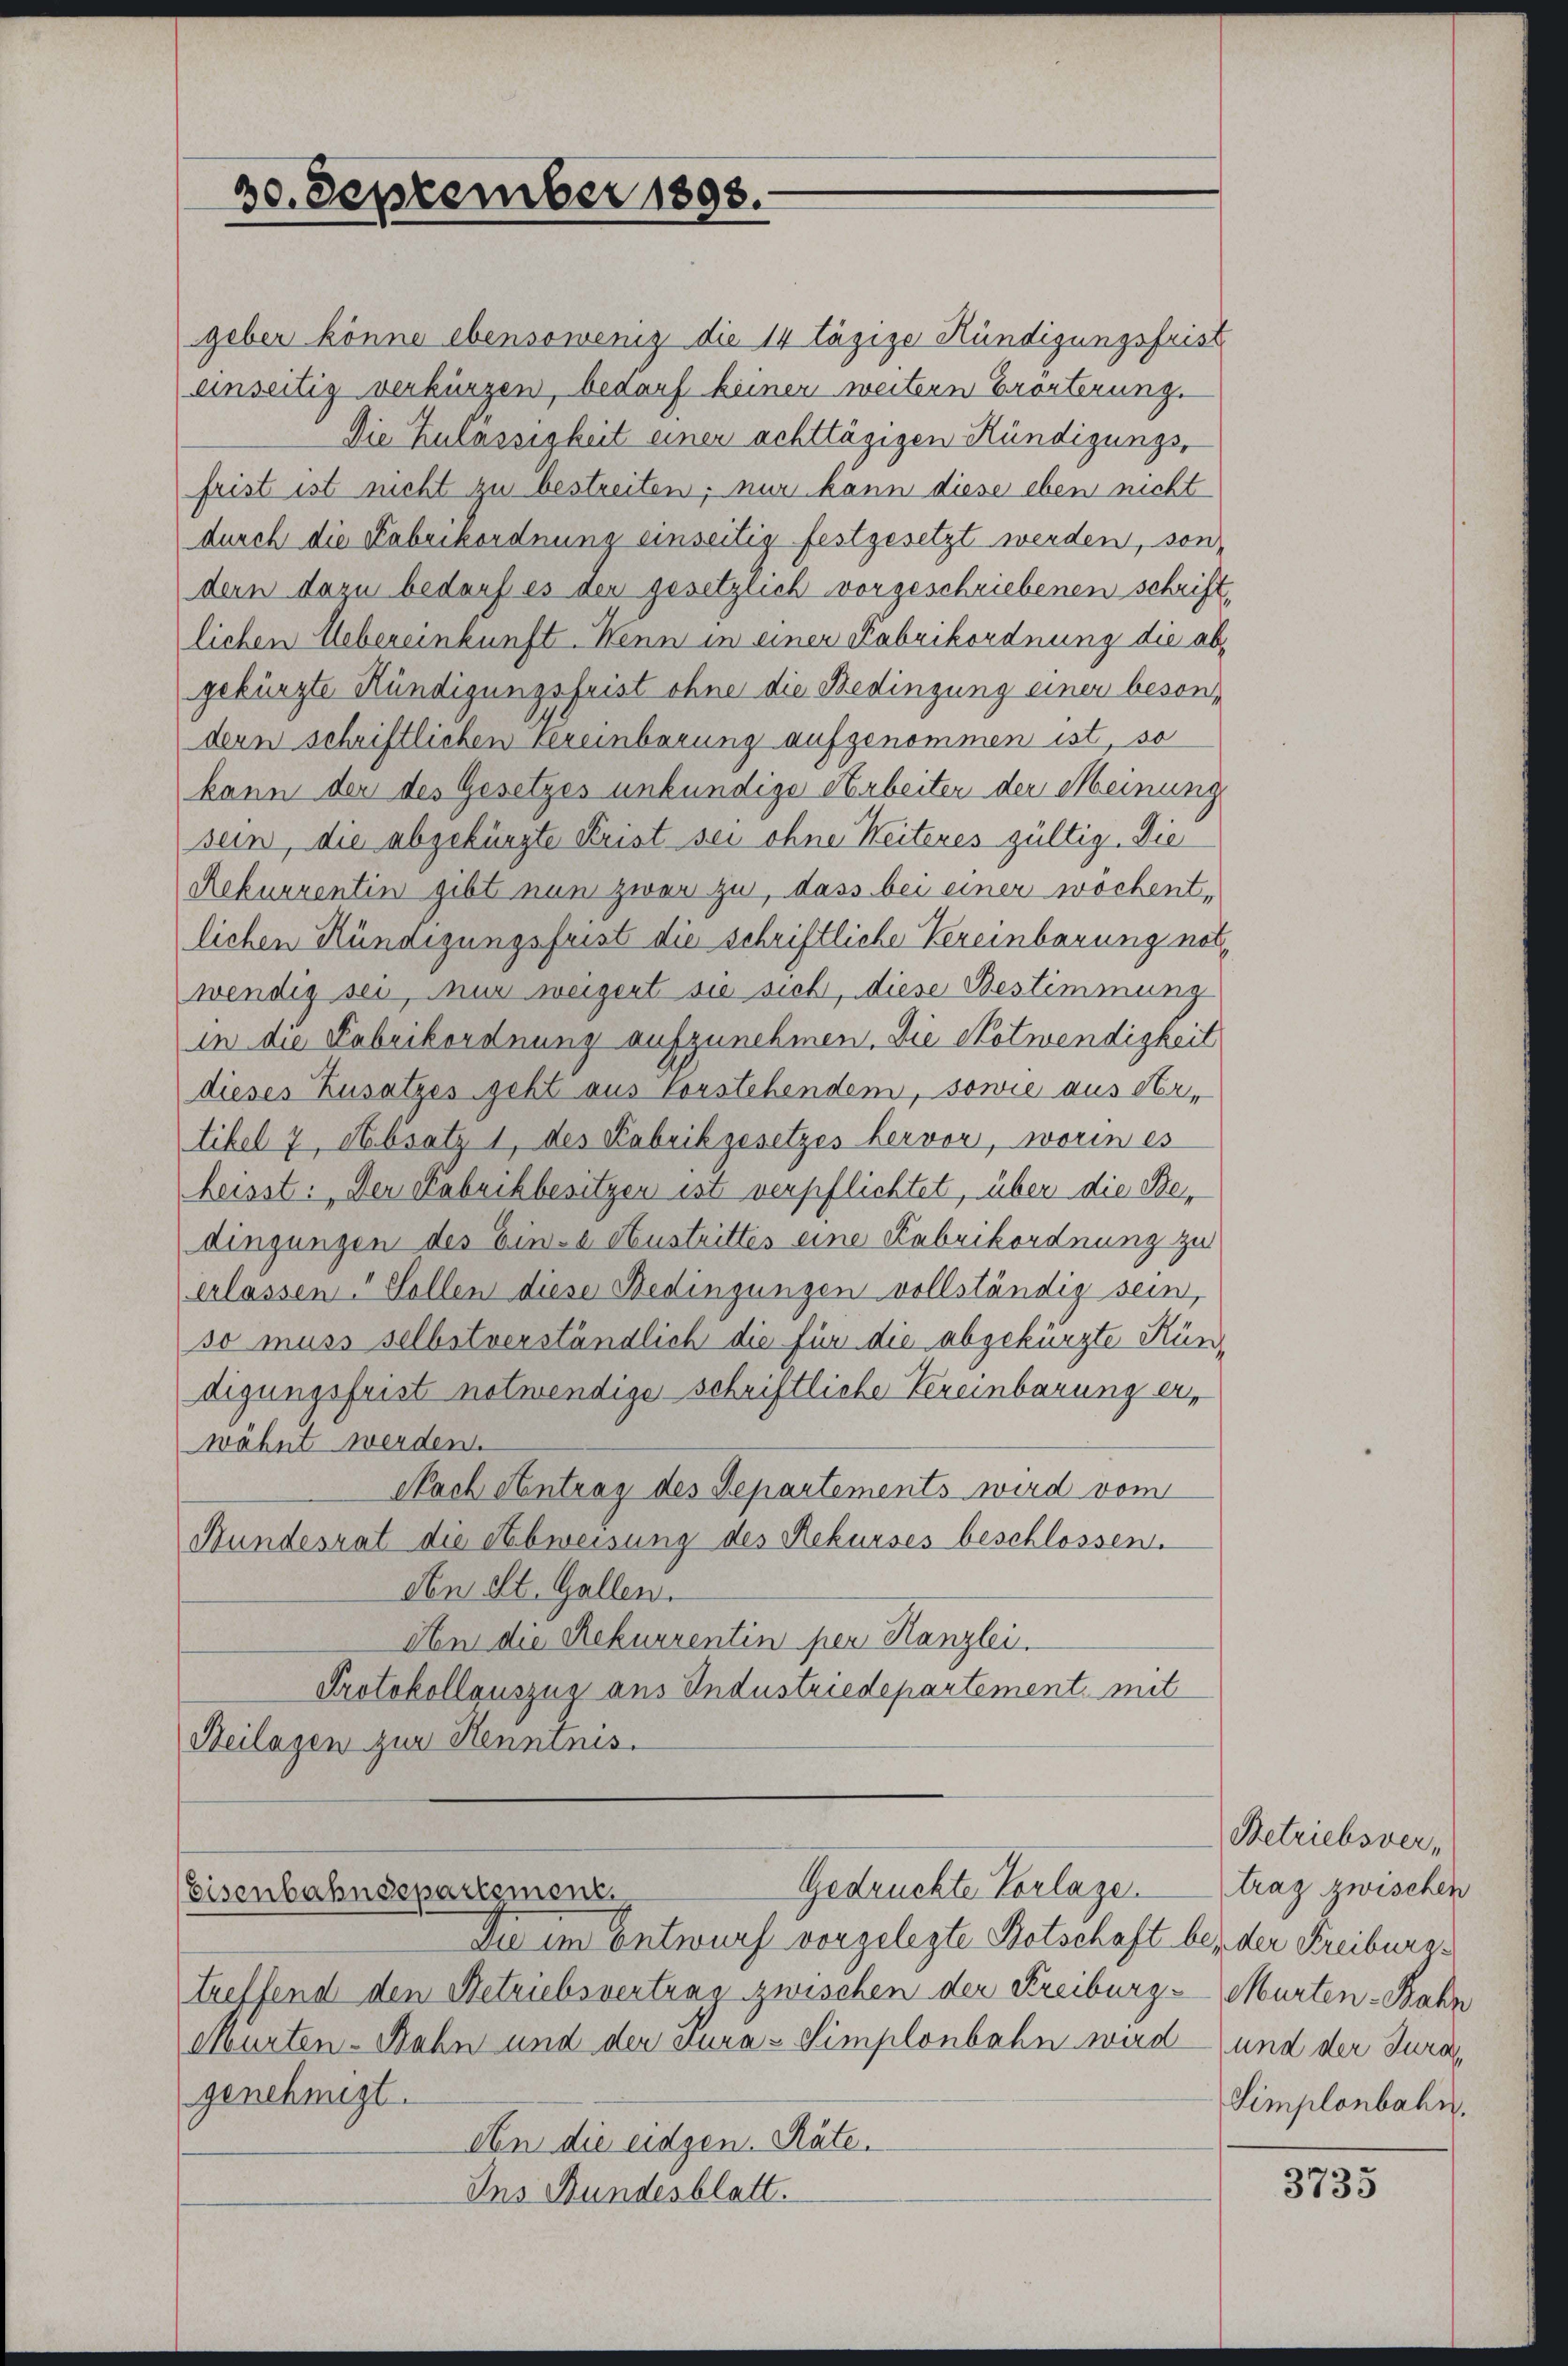
20. September 1893.

geber könne ebensowenig die 14 tägige Kündigungsfrist
einseitig verkürzen, bedarf keiner weitern Erörterung.
Die Zulassigkeit einer achttägigen Kündigungs-
frist ist nicht zu bestreiten; nur kann diese eben nicht
durch die Fabrikordnung einseitig festgesetzt werden, son-
dern dazu bedarf es der gesetzlich vorgeschriebenen schrift
lichen Uebereinkunft. Wenn in einer Fabrikordnung die abgekürzte Kündigungsfrist ohne die Bedingung einer besondern schriftlichen vereinbarung aufgenommen ist, so
kann der des Gesetzes unkundige Arbeiter der Meinung
sein, die abgekürzte Frist sei ohne Weiteres gültig. Die
Rekurrentin gibt nun zwar zu, dass bei einer wöchentlichen Kündigungsfrist die schriftliche Vereinbarung notwendig sei, nur weigert sie sich, diese Bestimmung
in die Fabrikordnung aufzunehmen. Die Notwendigkeit
dieses Zusatzes geht aus Vorstehendem, sowie aus Artibel 7, Absatz 1 des Fabrikgesetzes hervor, worin es
heisst: Der Fabrikbesitzen ist verpflichtet, über die Bedingungen des Ein-a Austrittes eine Fabrikordnung zu
erlassen? Sollen diese Bedingungen vollständig sein,
so muss selbstverständlich die für die abgekürzte Kündigungsfrist notwendige schriftliche Vereinbarung erwähnt werden.
Nach Antrag des Departements wird vom
Bundesrat die Abweisung des Rekurses beschlossen.
den St. Gallen.
An die Rekurrentin per Kanzlei.
Protokollguszug aus Industriedepartement, mit
Beilagen zur Kenntnis.
Gedruckte Verlagen
Eisenbahndepartement.
Die im Entwurf vorgelegte Botschaft bey der Freiburg.
treffend den Betriebsvertrag zwischen der Freiburg Murten-Bahn
Murten-Bahn und der dura-Simplonbahn wird und der Jura,
genehmigt.
Aen die eidgen. Räte.
Ins Bundesblatt.

Betriebsvertraz zwischen
Simplonbahn,

3735